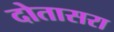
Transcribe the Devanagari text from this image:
दोतासरा